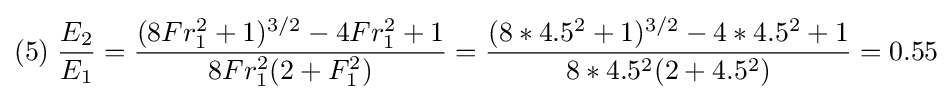
(5)\;{\frac {E_{2}}{E_{1}}}={\frac {(8Fr_{1}^{2}+1)^{3/2}-4Fr_{1}^{2}+1}{8Fr_{1}^{2}(2+F_{1}^{2})}}={\frac {(8*4.5^{2}+1)^{3/2}-4*4.5^{2}+1}{8*4.5^{2}(2+4.5^{2})}}=0.55